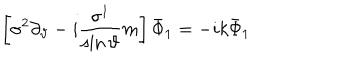
\left[ \sigma ^ { 2 } \partial _ { \vartheta } - i \frac { \sigma ^ { 1 } } { \sin \vartheta } m \right] \bar { \Phi } _ { 1 } = - i k \bar { \Phi } _ { 1 }